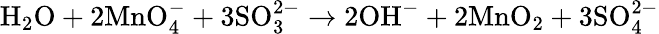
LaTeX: \mathrm{H_{2}O}+2\mathrm{MnO_{4}^{-}}+3\mathrm{SO_{3}^{2-}}\rightarrow 2\mathrm{OH^{-}}+2\mathrm{MnO_{2}}+3\mathrm{SO_{4}^{2-}}